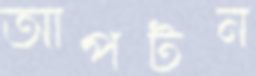
আপটন